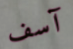
آسف